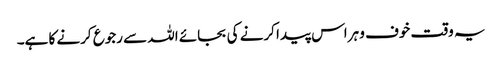
یہ وقت خوف و ہراس پیدا کرنے کی بجائے اللہ سے رجوع کرنے کا ہے۔